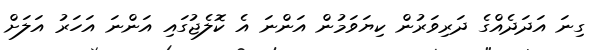
ގިނަ އަދަދެއްގެ ދަރިވަރުން ކިޔަވަމުން އަންނަ އެ ކޮލެޖުގައި އަންނަ އަހަރު އަލަށް